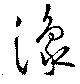
豫